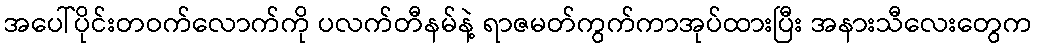
အပေါ်ပိုင်းတဝက်လောက်ကို ပလက်တီနမ်နဲ့ ရာဇမတ်ကွက်ကာအုပ်ထားပြီး အနားသီလေးတွေက